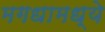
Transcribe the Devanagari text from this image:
मगधामध्ये